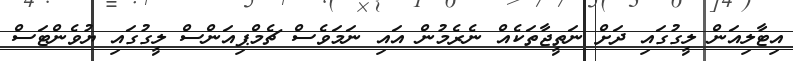
އިޓާލިއަން ލީގުގައި ދަށް ނަތީޖާތަކެއް ނެރެމުން އައި ނަމަވެސް ޗެމްޕިއަންސް ލީގުގައި ޔުވެންޓަސް